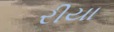
રીયા